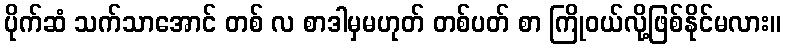
ပိုက်ဆံ သက်သာအောင် တစ် လ စာဒါမှမဟုတ် တစ်ပတ် စာ ကြိုဝယ်လို့ဖြစ်နိုင်မလား။